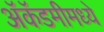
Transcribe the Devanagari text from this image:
ॲकॅडमीमध्ये